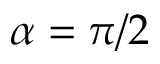
\alpha = \pi / 2